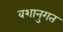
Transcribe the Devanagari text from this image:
वशानुगत